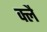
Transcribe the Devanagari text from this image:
क्लै